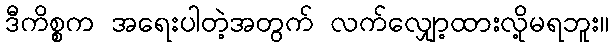
ဒီကိစ္စက အရေးပါတဲ့အတွက် လက်လျှော့ထားလို့မရဘူး။